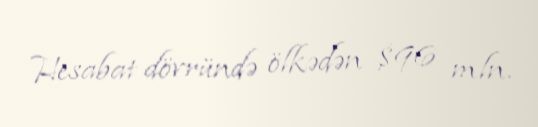
Hesabat dövründə ölkədən $96 mln.